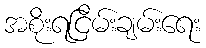
အစိုးရငြိမ်းချမ်းရေး